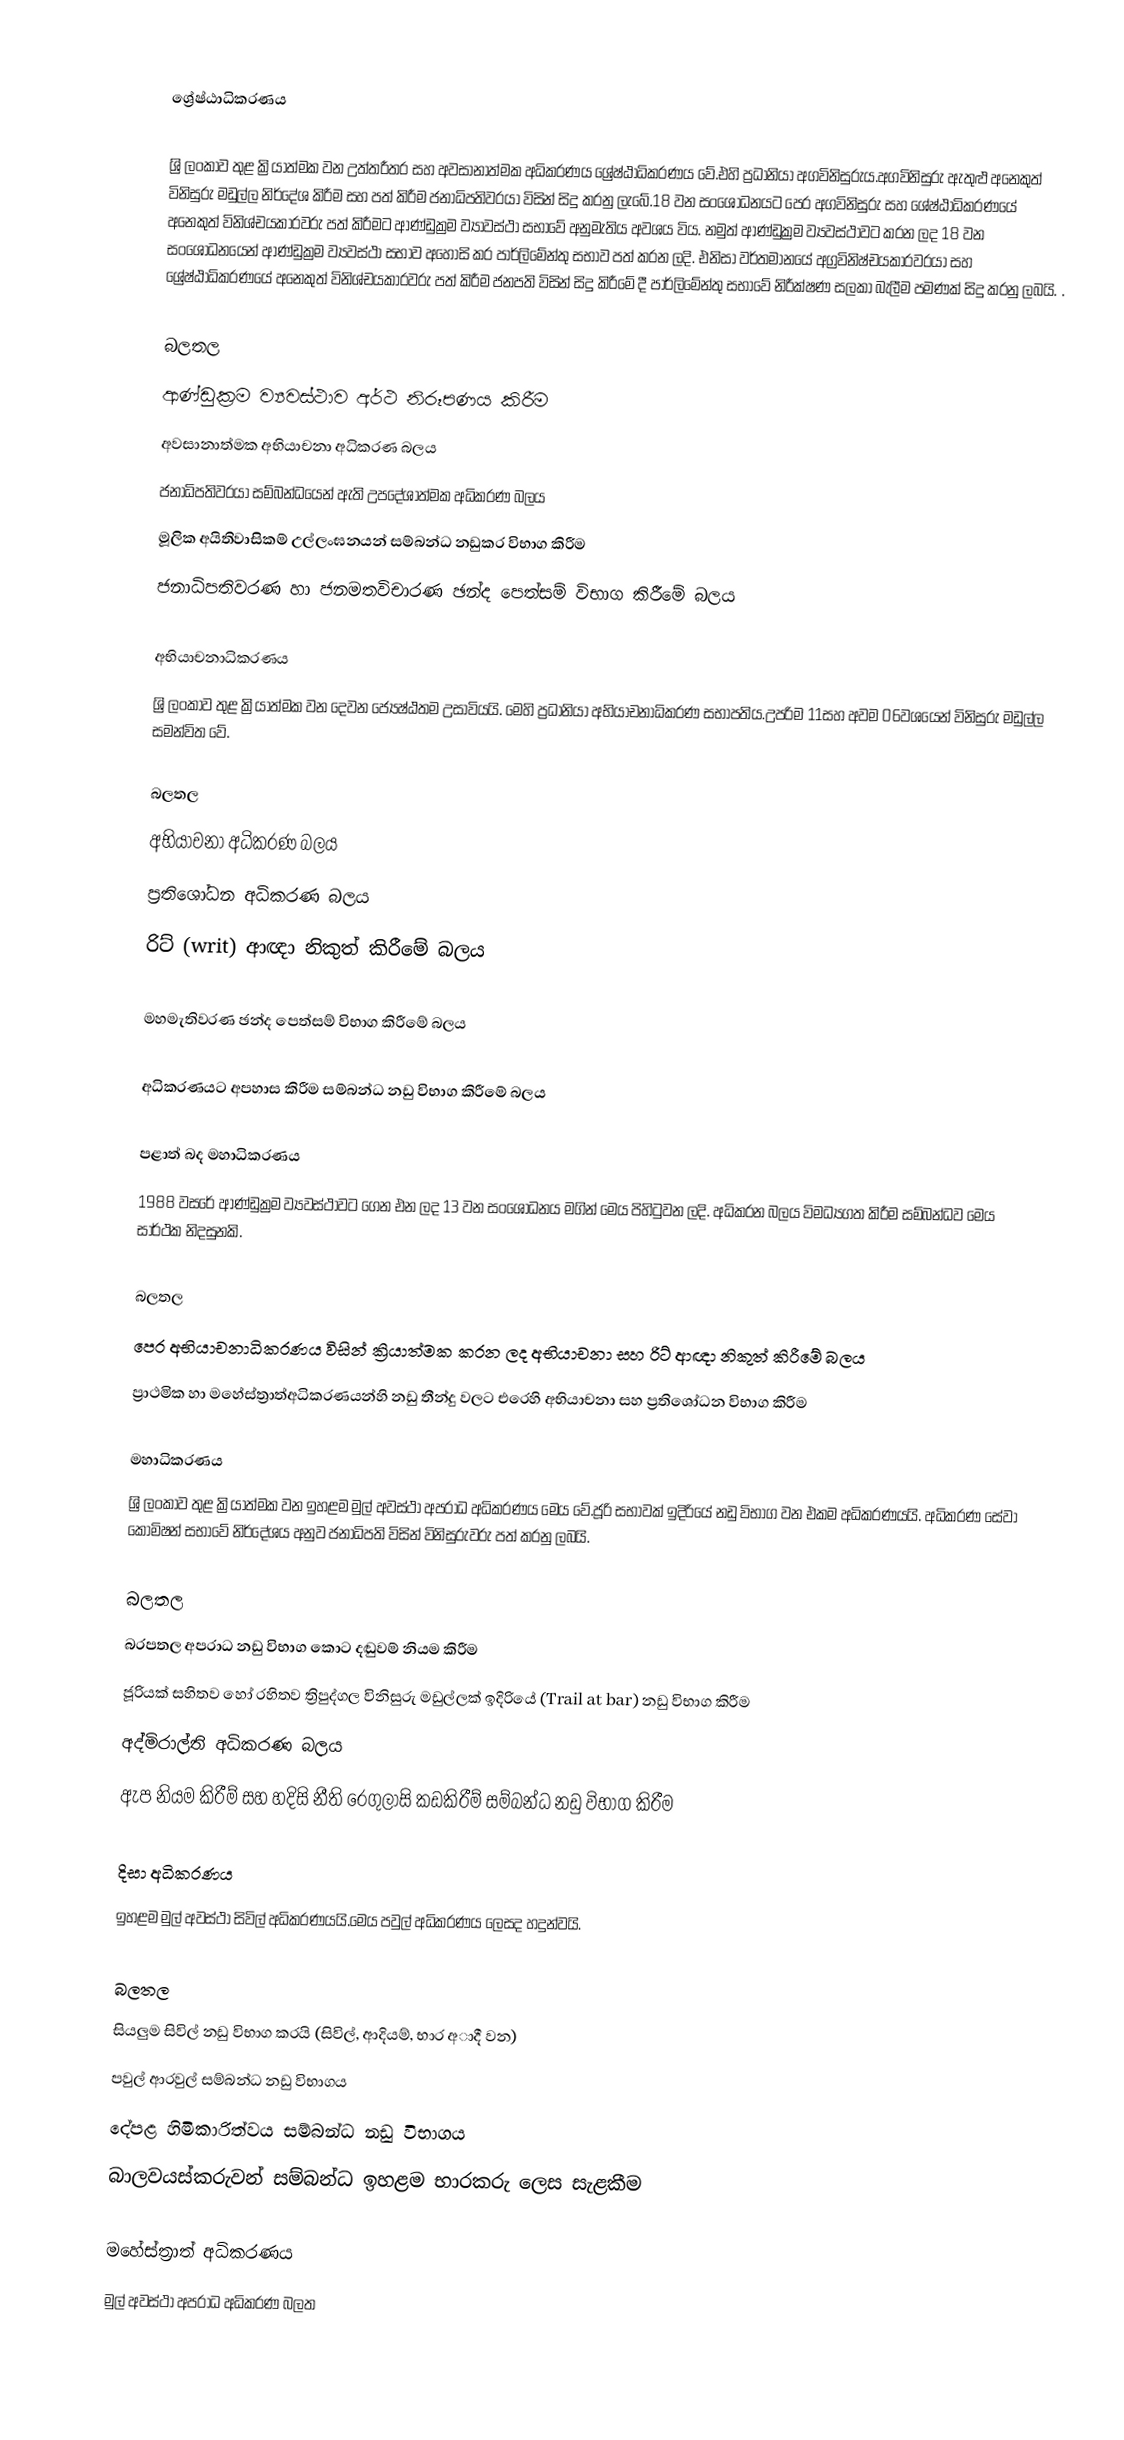

ශ්‍රේෂ්ඨාධිකරණය

ශ්‍රි ලංකාව තුළ ක්‍රියාත්මක වන උත්තරීතර සහ අවසානාත්මක අධිකරණය ශ්‍රේෂ්ඨාධිකරණය වේ.එහි ප්‍රධානියා අගවිනිසුරුය.අගවිනිසුරු ඇතුළු අනෙකුත් විනිසුරු මඩුල්ල  නිර්දේශ කිරීම සහ පත් කිරීම ජනාධිපතිවරයා විසින් සිදු කරනු ලැබේ.18 වන සංශෝධනයට පෙර අගවිනිසුරු සහ ශේෂ්ඨාධිකරණයේ අනෙකුත් විනිශ්චයකාරවරු පත් කිරීමට ආණ්ඩුක්‍රම ව්‍යාවස්ථා සභාවේ අනුමැතිය අවශය විය. නමුත්  ආණ්ඩුක්‍රම ව්‍යවස්ථාවට කරන ලද 18 වන සංශෝධනයෙන් ආණ්ඩුක්‍රම ව්‍යවස්ථා සභාව අහෝසි කර පාර්ලිමේන්තු සභාව පත් කරන ලදි.  එනිසා වර්තමානයේ අග්‍රවිනිෂ්චයකාරවරයා සහ ශ්‍රේෂ්ඨාධිකරණයේ අනෙකුත් විනිශ්චයකාරවරු පත් කිරීම ජනපති විසින් සිදු කිරීමේ දී පාර්ලිමේන්තු සභාවේ නිරීක්ෂණ සලකා බැලීම පමණක් සිදු කරනු ලබයි.  .

බලතල
ආණ්ඩුක්‍රම ව්‍යවස්ථාව අර්ථ නිරූපණය කිරීම
අවසානාත්මක අභියාචනා අධිකරණ බලය
ජනාධිපතිවරයා සම්බන්ධයෙන් ඇති උපදේශාත්මක අධිකරණ බලය
මූලික අයිතිවාසිකම් උල්ලංඝනයන් සම්බන්ධ නඩුකර විභාග කිරීම
ජනාධිපතිවරණ හා ජනමතවිචාරණ ඡන්ද පෙත්සම් විභාග කිරී‍මේ බලය

අභියාචනාධිකරණය
ශ්‍රි ලංකාව තුළ ක්‍රියාත්මක වන දෙවන ජ්‍යෙෂ්ඨතම උසාවියයි. මෙහි ප්‍රධානියා අභියාචනාධිකරණ සභාපතිය.උපරිම 11සහ අවම 06වශයෙන් විනිසුරු මඩුල්ල සමන්විත වේ.

බලතල
අභියාචනා අධිකරණ බලය
ප්‍රතිශෝධන අධිකරණ බලය
රිට් (writ) ආඥා නිකුත් කිරීමේ බලය

 මහමැතිවරණ ඡන්ද පෙත්සම් විභාග කිරීමේ බලය

 අධිකරණයට අපහාස කිරීම සම්බන්ධ නඩු විභාග කිරීමේ බලය

පළාත් බද මහාධිකරණය
1988 වසරේ ආණ්ඩුක්‍රම ව්‍යවස්ථාවට ගෙන එන ලද 13 වන සංශෝධනය මගින් මෙය පිහිටුවන ලදි. අධිකරන බලය විමධ්‍යගත කිරීම සම්බන්ධව මෙය සාර්ථක නිදසුනකි.

බලතල
පෙර අභියාචනාධිකරණය විසින් ක්‍රියාත්මක කරන ලද අභියාචනා සහ රිට් ආඥා නිකුත් කිරීමේ  බලය
ප්‍රාථමික හා මහේස්ත්‍රාත්අධිකරණයන්හි නඩු තීන්දු වලට එරෙහි අභියාචනා සහ ප්‍රතිශෝධන විභාග කිරීම

මහාධිකරණය
ශ්‍රි ලංකාව තුළ ක්‍රියාත්මක වන ඉහළම මුල් අවස්ථා අපරාධ අධිකරණය මෙය වේ.ජූරි සභාවක් ඉදිරියේ නඩු විභාග වන එකම අධිකරණයයි. අධිකරණ සේවා කොමිෂන් සභාවේ නිර්දේශය අනුව ජනාධිපති විසින් විනිසුරුවරු පත් කරනු ලබයි.

බලතල
බරපතල අපරාධ නඩු විභාග කොට දඬුවම් නියම කිරීම
ජූරියක් සහිතව හෝ රහිතව ත්‍රිපුද්ගල විනිසුරු මඩුල්ලක් ඉදිරියේ (Trail at bar) නඩු විභාග කිරීම
අද්මිරාල්ති අධිකරණ බලය
ඇප නියම කිරීම් සහ හදිසි නීති රෙගුලාසි කඩකිරීම් සම්බන්ධ නඩු විභාග කිරීම

දිසා අධිකරණය
ඉහළම මුල් අවස්ථා සිවිල් අධිකරණයයි.මෙය පවුල් අධිකරණය ලෙසද හදුන්වයි.

බලතල
සියලුම සිවිල් නඩු විභාග කරයි (සිවිල්, ආදියම්, භාර  අාදී වන)
පවුල් ආරවුල් සම්බන්ධ නඩු විභාගය
දේපළ හිමිකාරිත්වය සම්බන්ධ නඩු විභාගය
බාලවයස්කරුවන් සම්බන්ධ ඉහළම භාරකරු ලෙස සැළකීම

මහේස්ත්‍රාත් අධිකරණය
මුල් අවස්ථා  අපරාධ අධිකරණ බලත